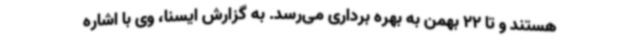
هستند و تا 22 بهمن به بهره برداری می‌رسد. به گزارش ایسنا، وی با اشاره